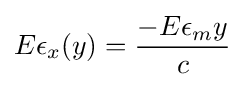
E\epsilon _{x}(y)={\frac {-E\epsilon _{m}y}{c}}